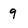
Character: 9